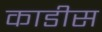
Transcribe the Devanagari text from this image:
काडीस